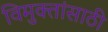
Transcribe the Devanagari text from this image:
विमुक्तांसाठी